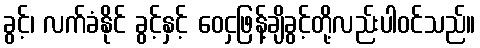
ခွင့်၊ လက်ခံနိုင် ခွင့်နှင့် ဝေငှဖြန့်ချိခွင့်တို့လည်းပါဝင်သည်။